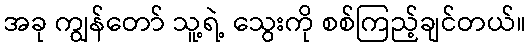
အခု ကျွန်တော် သူ့ရဲ့ သွေးကို စစ်ကြည့်ချင်တယ်။